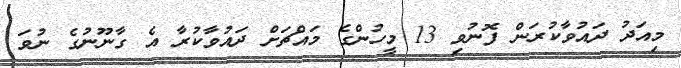
މިއަދު ދައުވާކުރަން ފޮނުވި 13 މީހުންގެ މައްޗަށް ދައުވާކުރާ އެ ގާނޫނުގެ ނުވަ